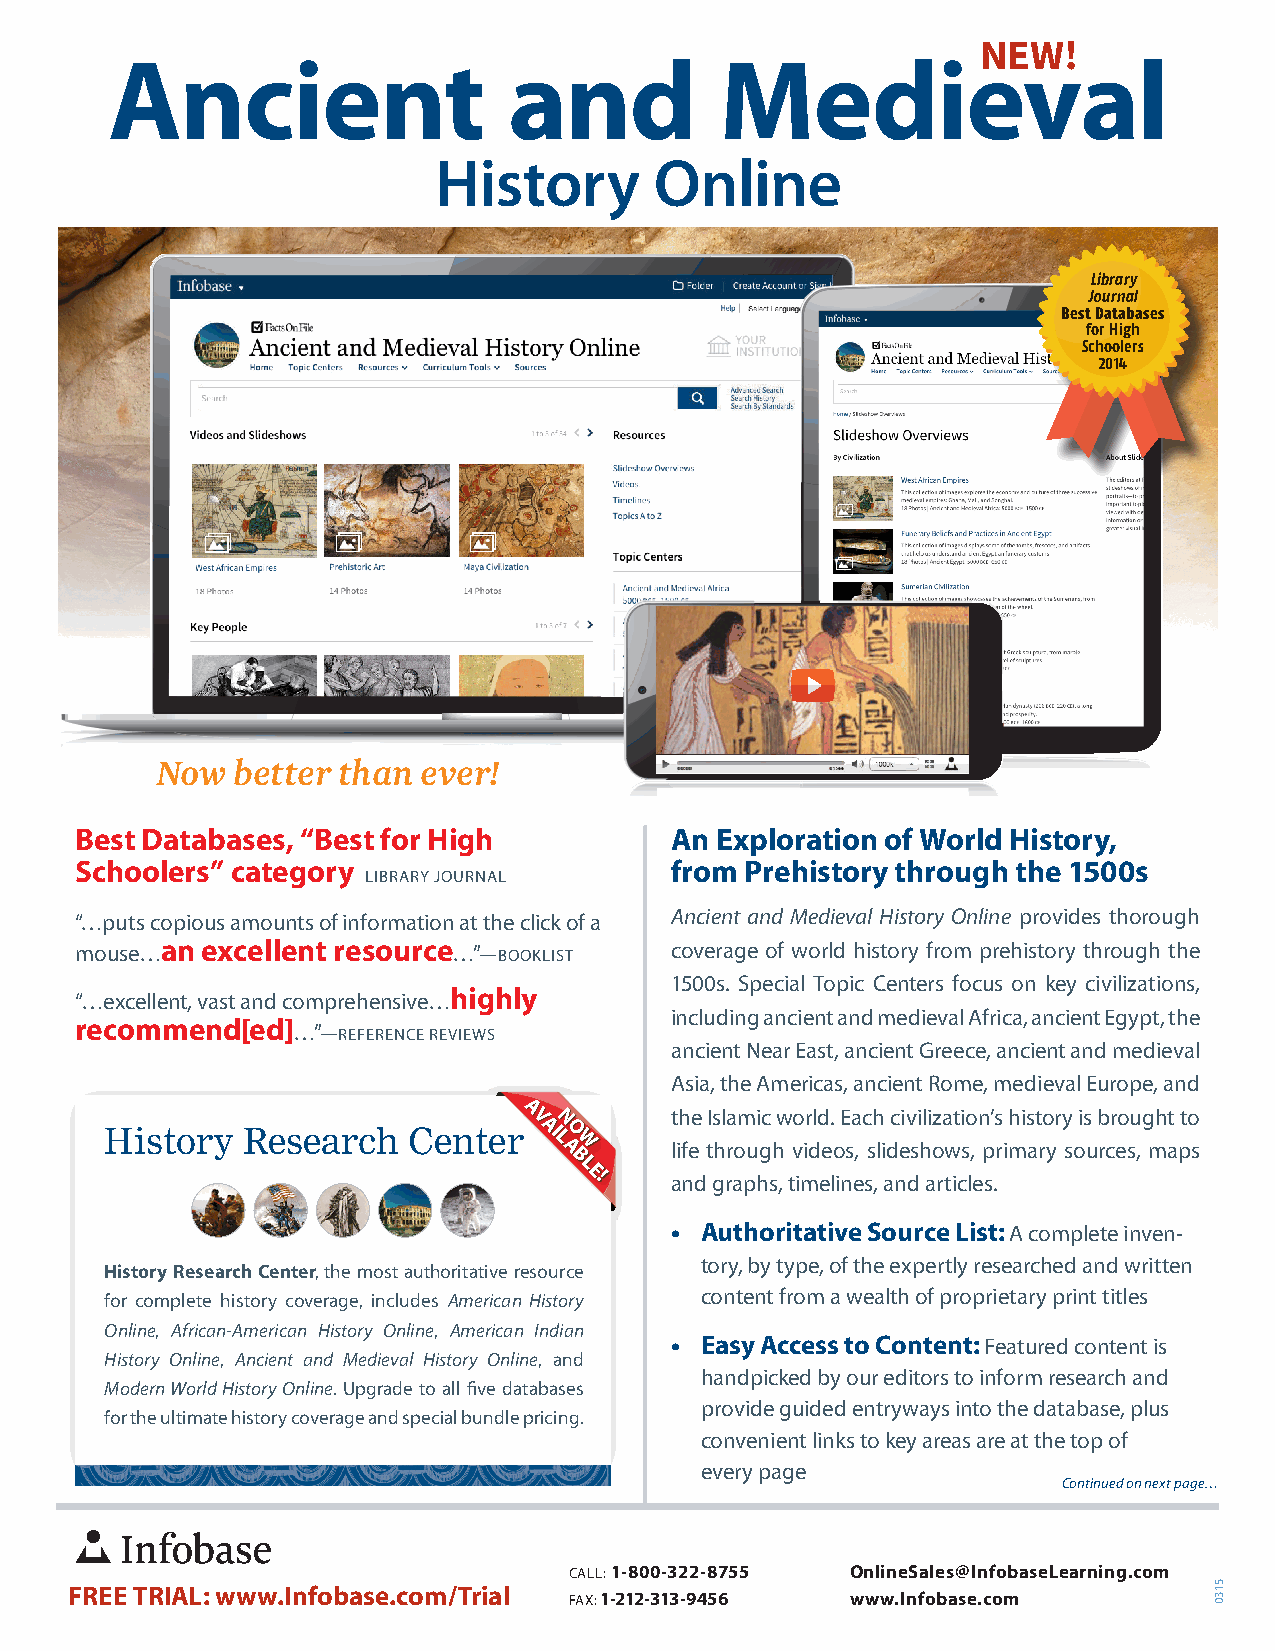
NEW!
 Ancient                    and           Medieval
 History       Online
 Library
 Journal
 Best Databases
 for High
 Schoolers
 2014
 Now  better than  ever!
 Best Databases, “Best for High         An Exploration of World History,
 Schoolers” category                    from Prehistory through the 1500s
 LIBRARY JOURNAL
 “…puts copious amounts of information at the click of a Ancient and Medieval History Online provides thorough
 mouse…an excellent resource…”—BOOKLIST coverage of world history from prehistory through the
 1500s. Special Topic Centers focus on key civilizations,
 “…excellent, vast and comprehensive…highly
 including ancient and medieval Africa, ancient Egypt, the
 recommend[ed]…”—REFERENCE
 REVIEWS
 ancient Near East, ancient Greece, ancient and medieval
 Asia, the Americas, ancient Rome, medieval Europe, and
 A VN      the Islamic world. Each civilization’s history is brought to
 History  Research   Center   AIO
 L AW    life through videos, slideshows, primary sources, maps
 B
 L
 E!
 and graphs, timelines, and articles.
 • Authoritative Source List: A complete inven-
 tory, by type, of the expertly researched and written
 History Research Center, the most authoritative resource
 for complete history coverage, includes American History content from a wealth of proprietary print titles
 Online, African-American History Online, American Indian
 • Easy Access to Content: Featured content is
 History Online, Ancient and Medieval History Online, and
 handpicked by our editors to inform research and
 Modern World History Online. Upgrade to all five databases
 provide guided entryways into the database, plus
 for the ultimate history coverage and special bundle pricing.
 convenient links to key areas are at the top of
 every page
 Continued on next page…
 CALL: 1-800-322-8755 OnlineSales@InfobaseLearning.com
 FREE TRIAL: www.Infobase.com/Trial FAX: 1-212-313-9456 www.Infobase.com    5130